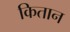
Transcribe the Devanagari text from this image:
कितान